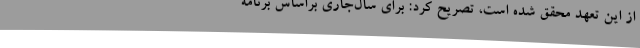
از این تعهد محقق شده است، تصریح کرد: برای سال‌جاری براساس برنامه